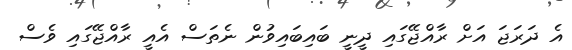
އެ ދަރަޖަ އަށް ރާއްޖޭގައި ދީނީ ބައިބައިވުން ނެތަސް އެއީ ރާއްޖޭގައި ވެސް